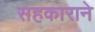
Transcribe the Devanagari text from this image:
सहकाराने